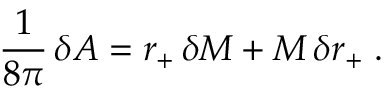
{ \frac { 1 } { 8 \pi } } \, \delta A = r _ { + } \, \delta M + M \, \delta r _ { + } \; .